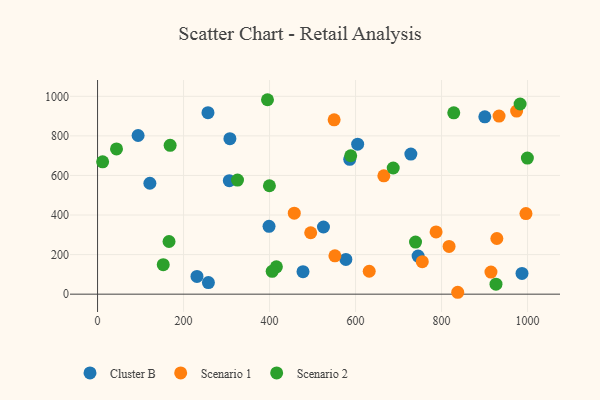
{"axis": {"x": "Speed", "y": "Demand"}, "legend": ["Cluster B", "Scenario 1", "Scenario 2"], "data": [{"x": "257.8", "y": 58.8, "type": "Cluster B"}, {"x": "604.9", "y": 757.9, "type": "Cluster B"}, {"x": "306.4", "y": 573.8, "type": "Cluster B"}, {"x": "586.5", "y": 681.6, "type": "Cluster B"}, {"x": "525.4", "y": 339.4, "type": "Cluster B"}, {"x": "307.8", "y": 785.9, "type": "Cluster B"}, {"x": "94.3", "y": 802.0, "type": "Cluster B"}, {"x": "121.7", "y": 560.7, "type": "Cluster B"}, {"x": "256.8", "y": 917.5, "type": "Cluster B"}, {"x": "477.8", "y": 113.5, "type": "Cluster B"}, {"x": "577.5", "y": 175.5, "type": "Cluster B"}, {"x": "745.5", "y": 192.5, "type": "Cluster B"}, {"x": "231.2", "y": 89.5, "type": "Cluster B"}, {"x": "987.1", "y": 104.7, "type": "Cluster B"}, {"x": "900.6", "y": 896.2, "type": "Cluster B"}, {"x": "398.8", "y": 343.0, "type": "Cluster B"}, {"x": "728.6", "y": 707.9, "type": "Cluster B"}, {"x": "914.9", "y": 111.9, "type": "Scenario 1"}, {"x": "837.6", "y": 9.6, "type": "Scenario 1"}, {"x": "787.3", "y": 314.4, "type": "Scenario 1"}, {"x": "928.6", "y": 281.3, "type": "Scenario 1"}, {"x": "996.3", "y": 407.2, "type": "Scenario 1"}, {"x": "552.0", "y": 193.8, "type": "Scenario 1"}, {"x": "495.7", "y": 310.3, "type": "Scenario 1"}, {"x": "817.5", "y": 241.5, "type": "Scenario 1"}, {"x": "631.8", "y": 115.8, "type": "Scenario 1"}, {"x": "755.2", "y": 164.3, "type": "Scenario 1"}, {"x": "665.8", "y": 597.9, "type": "Scenario 1"}, {"x": "974.6", "y": 925.4, "type": "Scenario 1"}, {"x": "457.5", "y": 409.3, "type": "Scenario 1"}, {"x": "933.7", "y": 900.3, "type": "Scenario 1"}, {"x": "550.2", "y": 880.9, "type": "Scenario 1"}, {"x": "588.7", "y": 699.5, "type": "Scenario 2"}, {"x": "982.7", "y": 961.1, "type": "Scenario 2"}, {"x": "44.1", "y": 734.0, "type": "Scenario 2"}, {"x": "828.4", "y": 916.5, "type": "Scenario 2"}, {"x": "168.8", "y": 752.3, "type": "Scenario 2"}, {"x": "166.2", "y": 266.1, "type": "Scenario 2"}, {"x": "11.8", "y": 668.8, "type": "Scenario 2"}, {"x": "395.2", "y": 982.7, "type": "Scenario 2"}, {"x": "152.8", "y": 149.0, "type": "Scenario 2"}, {"x": "325.5", "y": 576.7, "type": "Scenario 2"}, {"x": "399.7", "y": 548.0, "type": "Scenario 2"}, {"x": "739.5", "y": 263.1, "type": "Scenario 2"}, {"x": "415.9", "y": 138.0, "type": "Scenario 2"}, {"x": "926.6", "y": 50.7, "type": "Scenario 2"}, {"x": "999.6", "y": 687.8, "type": "Scenario 2"}, {"x": "687.6", "y": 637.7, "type": "Scenario 2"}, {"x": "406.1", "y": 115.5, "type": "Scenario 2"}]}